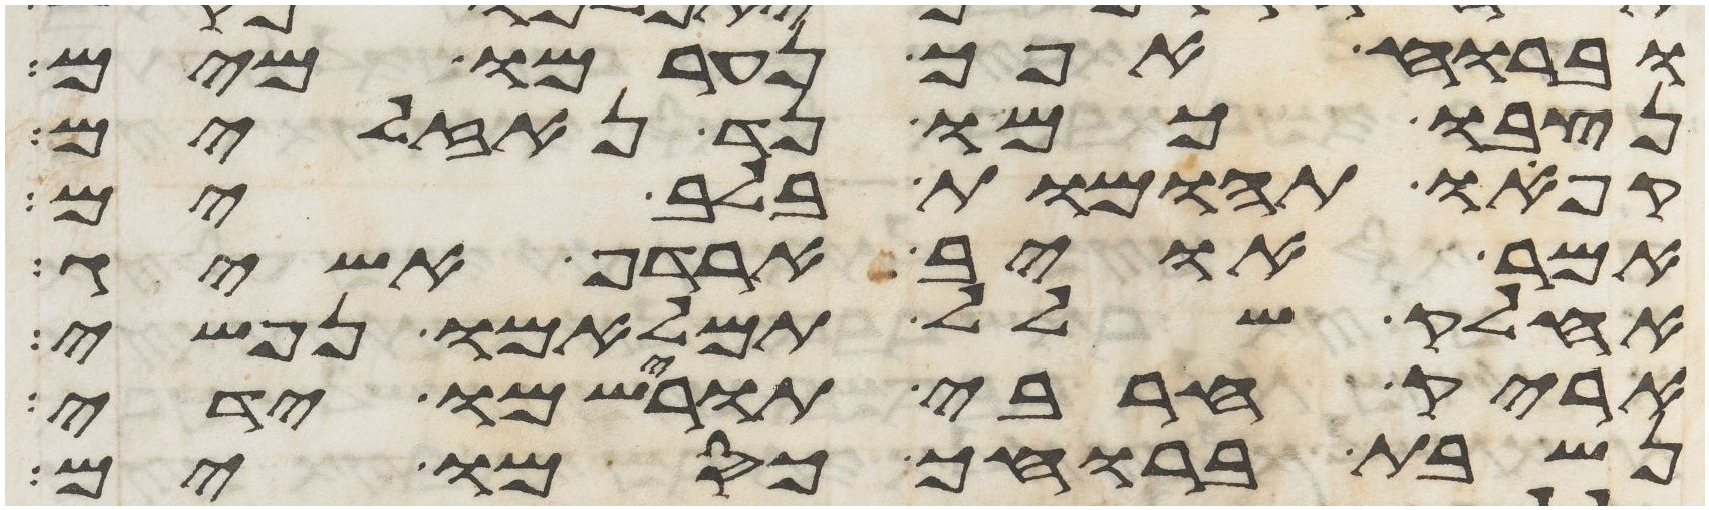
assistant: וברוח אפך נערמו מים
נצבו כמו נד נזלים
קפאו תהומות בלב ים
אמר אויב ארדף אשיג
אחלק שלל תמלאמו נפשי
אריק חרבי תורישמו ידי
נשבת ברוחך כסמו ים